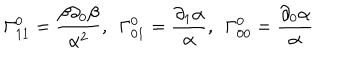
\Gamma _ { 1 1 } ^ { 0 } = \frac { \beta \partial _ { 0 } \beta } { \alpha ^ { 2 } } , \ \ \Gamma _ { 0 1 } ^ { 0 } = \frac { \partial _ { 1 } \alpha } { \alpha } , \ \ \Gamma _ { 0 0 } ^ { 0 } = \frac { \partial _ { 0 } \alpha } { \alpha }